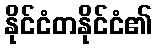
နိုင်ငံတနိုင်ငံ၏